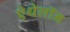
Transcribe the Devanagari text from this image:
ऐथेलॉन